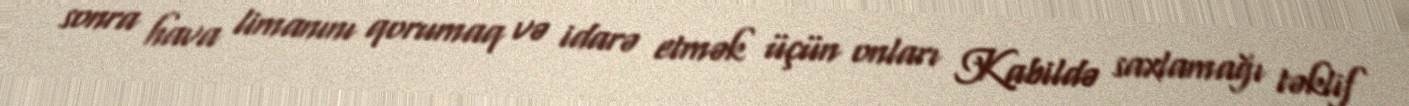
sonra hava limanını qorumaq və idarə etmək üçün onları Kabildə saxlamağı təklif